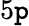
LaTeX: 5\mathtt{p}